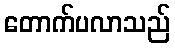
တောက်ပလာသည်